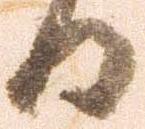
日